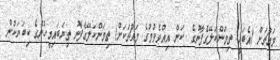
މައްޗަށް (އެބަހީ: ތިމަންކަލޭގެފާނުގެ  ކަން އިއްވެވުމުގެ މައްޗަކަށް) ތިމަންކަލޭގެފާނު ތިޔަބައިމީހުންގެ ކިބަޔަކުން